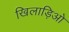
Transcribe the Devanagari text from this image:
खिलाड़िओ